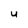
Character: U